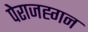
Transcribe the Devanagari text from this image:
पेराजह्गन